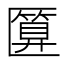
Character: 匴